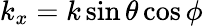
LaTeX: k_{x}=k\sin\theta\cos\phi